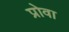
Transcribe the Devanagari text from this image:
प्रोवा